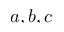
a , b , c